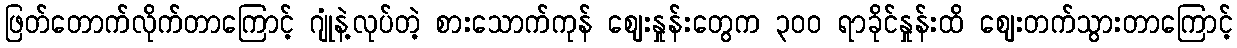
ဖြတ်တောက်လိုက်တာကြောင့် ဂျုံနဲ့လုပ်တဲ့ စားသောက်ကုန် ဈေးနှုန်းတွေက ၃၀၀ ရာခိုင်နှုန်းထိ ဈေးတက်သွားတာကြောင့်